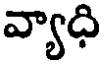
వ్యాధి